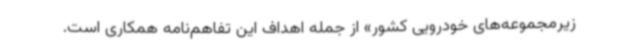
زیرمجموعه‌های خودرویی کشور» از جمله اهداف این تفاهم‌نامه همکاری است.